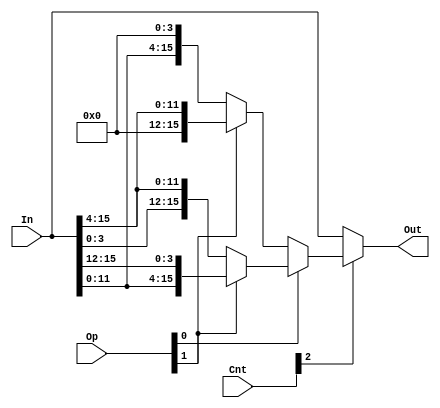
module shift_rotate_4(Out, In, Op, Cnt);

	input [15:0] In;
	input [3:0] Cnt;
	input [1:0] Op;
	
	output[15:0] Out;
	
	wire[15:0] op_res;
	
	assign op_res = Op[0] ? 
			//rotate left
			(Op[1] ? {In[11:0], In[15:12]} 
			///rotate right
			: {In[3:0], In[15:4]}) : 
			//shift right logical
			(Op[1] ? {{4{1'b0}}, In[15:4]} : 
			//shift left
			{In[11:0], {4{1'b0}}});
	
	assign Out = Cnt[2] ? op_res : In;

endmodule